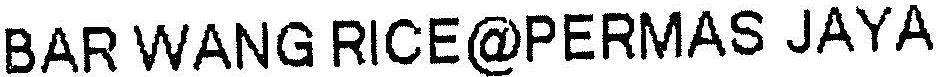
BAR WANG RICE@PERMAS JAYA